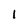
Character: l